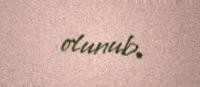
olunub.